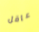
عاقل